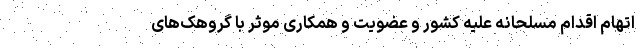
اتهام اقدام مسلحانه علیه کشور و عضویت و همکاری موثر با گروهک‌های